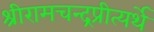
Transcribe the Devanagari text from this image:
श्रीरामचन्द्रप्रीत्यर्थे